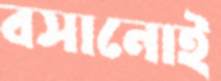
বসানোই